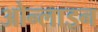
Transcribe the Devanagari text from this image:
ओन्लाइन